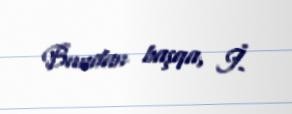
Bundan başqa, İ.